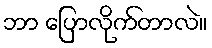
ဘာ ပြောလိုက်တာလဲ။